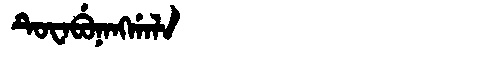
Manchu: ᡨᡠᠸᠠᠪᡠᠨᠠᠩᡤᠠᠯᠠ
Romanization: TUWABUNANGGALA